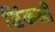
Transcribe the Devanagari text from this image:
डिंकली